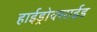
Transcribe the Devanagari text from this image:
हाईड्रोक्साईड